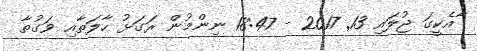
ާއެކީގަ ޖުލައި 13